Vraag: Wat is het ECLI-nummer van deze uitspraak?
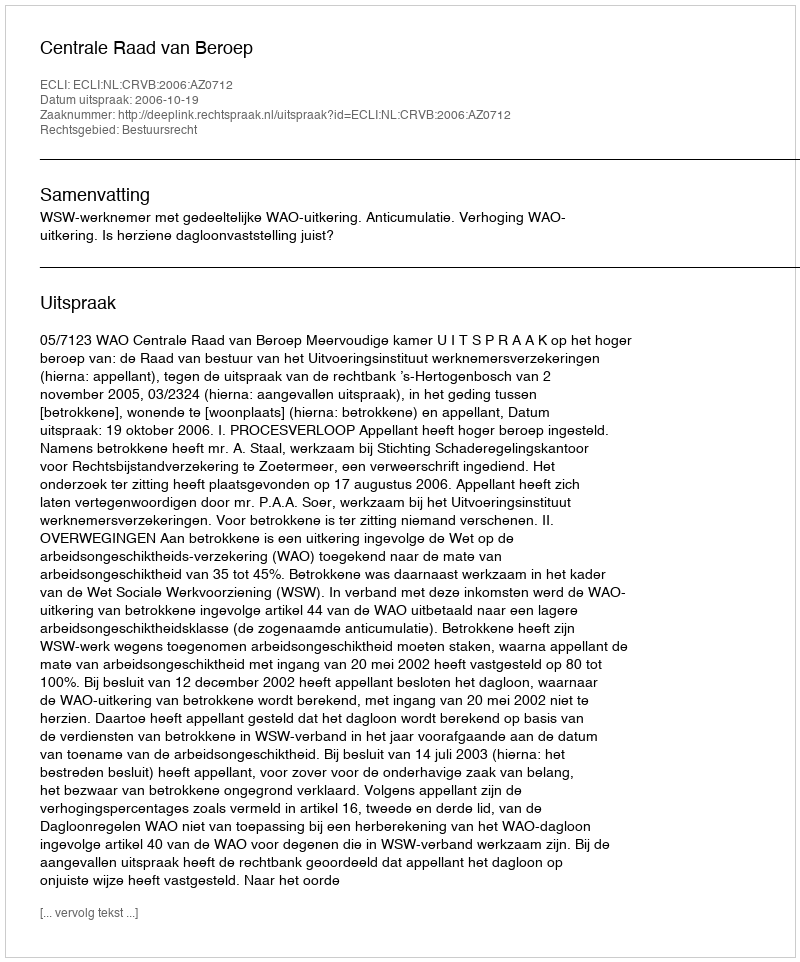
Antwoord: ECLI:NL:CRVB:2006:AZ0712